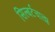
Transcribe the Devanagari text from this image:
सिल्बर्टचात्झ